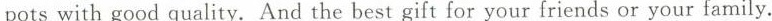
pots with good quality. And the best gift for your friends or your family.